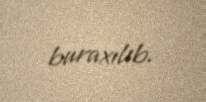
buraxılıb.